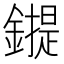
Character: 𰽇